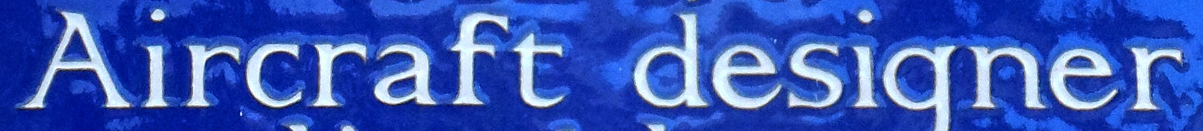
Aircraft designer